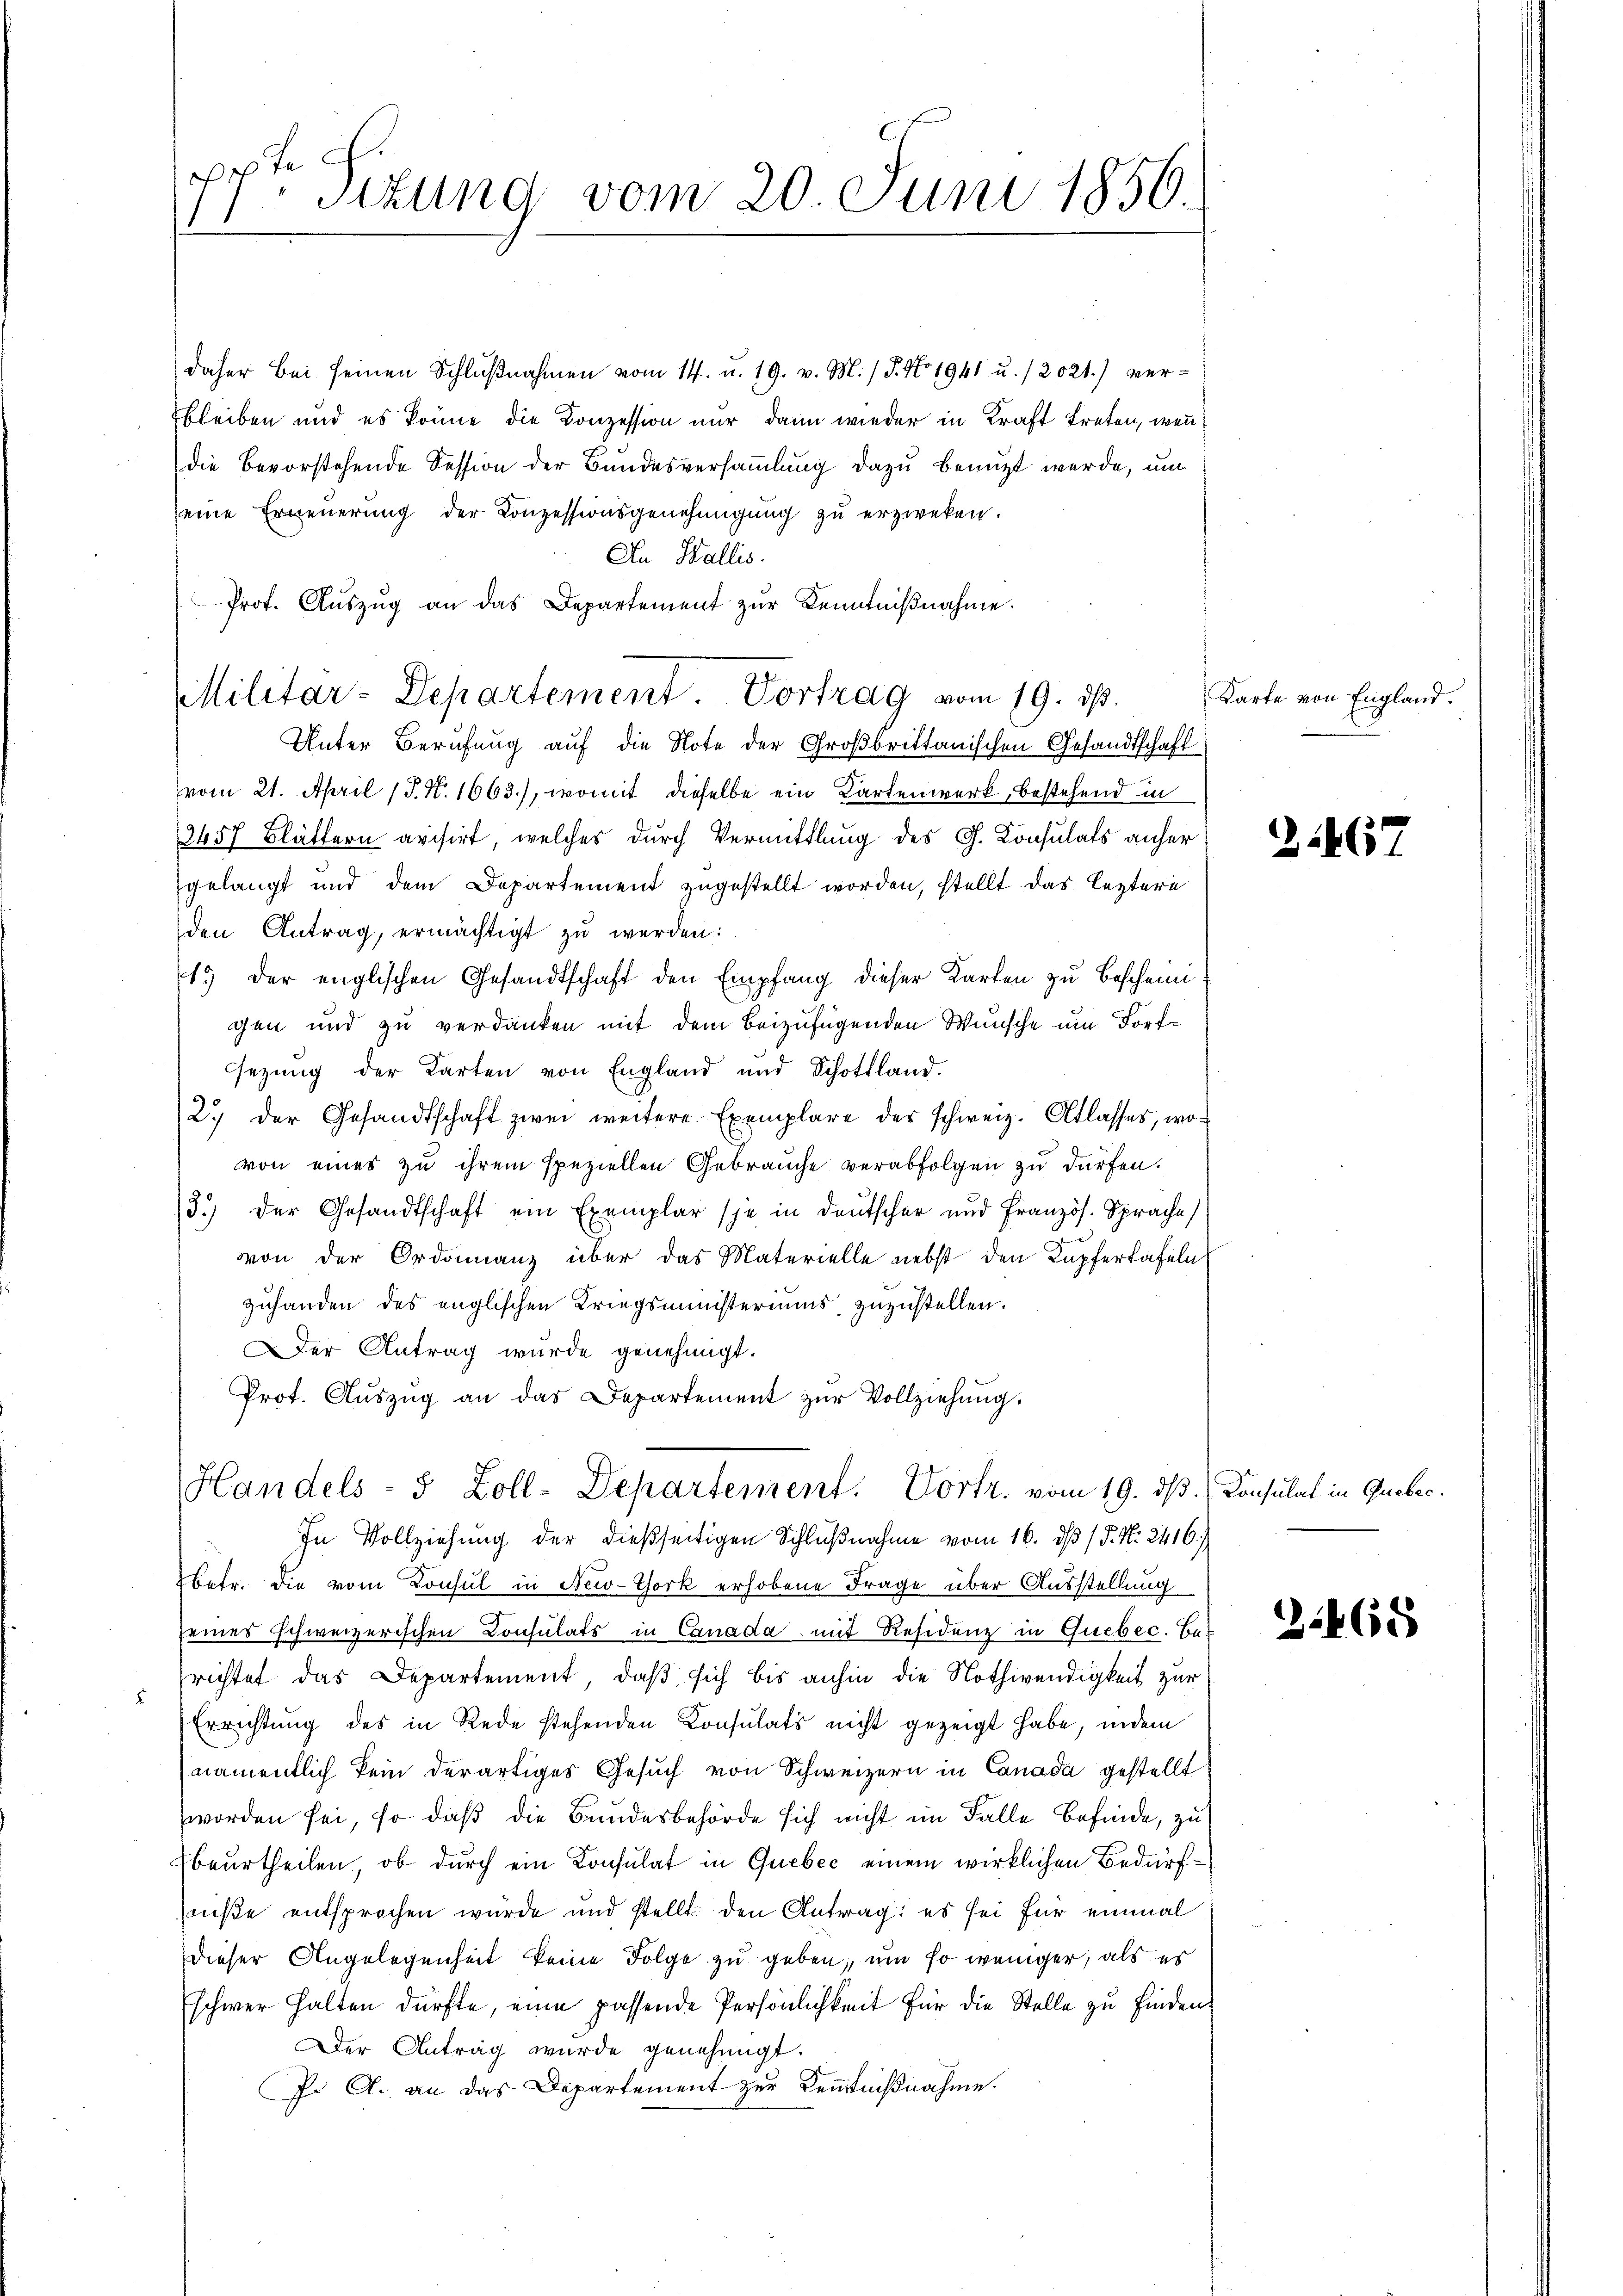
pete
sizung vom 20. Juni 1856.

Prof. Aŭszŭg an das Departement zŭr Kenntniβnahme.
Militar-Departement. Vortrag vom 19. ds.

daher bei seinen Schlußnahmen vom 14. u. 19. v. M. / P. No. 1941 u. 12021.) verbleiben und es könne die Konzession nur dann wieder in Kraft treten, wenn
die Bevorstehende Session der Bundesversammlung dazu benuzt werde, um
eine Erneuerung der Konzessionsgenehmigung zu erzweken.
An Stallis.
Unter Berufung auf die Note der Großbrittanischen Gesandtschaft
vom 21. April (T. N. 1663), womit dieselbe ein Kartenwerk, bestehend in
2457 Blättern avisirt, welches durch Vermittlung des G. Consulats anher
gelangt und dem Departement zugestellt worden, stellt das leztere
den Antrag, ermächtigt zu werden:
1.) Der englischen Gesandtschaft den Empfang dieser Karten zu beschein:
gen und zu verdanken mit dem beizufügenden Wunsche um Fortsezung der Karten von England und Schottland.
2.) der Gesandtschaft zwei weitere Exemplare des schweiz. Atlasses, wovon eines zu ihrem speziellen Gebrauche verabfolgen zu dürfen.
3.) Der Gesandtschaft ein Exemplar (je in deutscher und Französ. Sprache
von der Ordonanz über das Materielle nebst den Kupfertäfeln
zuhanden des englischen Kriegsministeriums zuzustellen.
Der Antrag wurde genehmigt.
Prof. Auszug an das Departement zŭr Vollziehung.
Handels- 5 Zoll-Departement. Vortr. vom 19. ds. Konsulat in Guebec
In Vollziehung der dießseitigen Schlußnahme vom 16. dβ / P. Nr. 2416.)
2 betr. die vom Consul in New-York erhobene Frage über Ausstellung
seines schweizerischen Consulats in Canada mit Residung in Quebec. Be-
richtet das Departement, daß sich bis anhin die Nothwendigkeit zur
Errichtung des in Rede stehenden Consulats nicht gezeigt habe, indem
namentlich kein derartiges Gesuch von Schweizern in Canada gestellt
worden sei, so daß die Bundesbehörde sich nicht im Falle Befinde, zu
beurtheilen, ob durch ein Konsulat in Quebéc einem wirklichen Bedürf¬
Fuße entsprochen würde und stellt den Antrag: es sei für einmal
dieser Angelegenheit keine Folge zu geben, um so weniger, als es
schwer halten dürfte, eine passende Persönlichkeit für die Stelle zu finden,
Der Antrag wurde genehmigt.
J. A. an das Departement zur Kenntnißnahme.

Karte von England.

24

3468